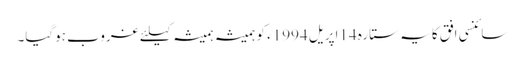
سائنسی افق کا یہ ستارہ 14اپریل 1994ء کو ہمیشہ ہمیشہ کیلئے غروب ہوگیا۔